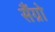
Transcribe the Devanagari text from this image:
सैंग्रो